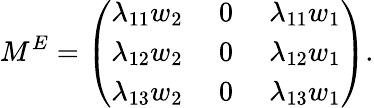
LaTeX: M^{E}=\left(\begin{array}{ccc}{{\lambda_{11}w_{2}\; }}&{{0\; }}&{{\lambda_{11}w_{1}}}\\ {{\lambda_{12}w_{2}\; }}&{{0\; }}&{{\lambda_{12}w_{1}}}\\ {{\lambda_{13}w_{2}\; }}&{{0\; }}&{{\lambda_{13}w_{1}}}\end{array}\right).